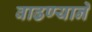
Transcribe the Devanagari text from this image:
वाढण्याने